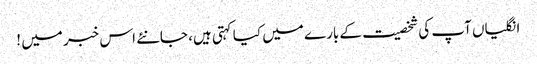
انگلیاں آپ کی شخصیت کے بارے میں کیا کہتی ہیں، جانئے اس خبر میں !